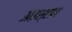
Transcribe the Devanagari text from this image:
आइस्टान